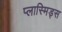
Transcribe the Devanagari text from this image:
प्लास्मिड्स